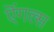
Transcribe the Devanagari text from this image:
ऎंगल्स